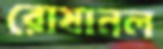
রোষানল